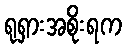
ရုရှားအစိုးရက